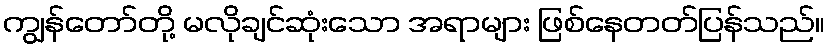
ကျွန်တော်တို့ မလိုချင်ဆုံးသော အရာများ ဖြစ်နေတတ်ပြန်သည်။